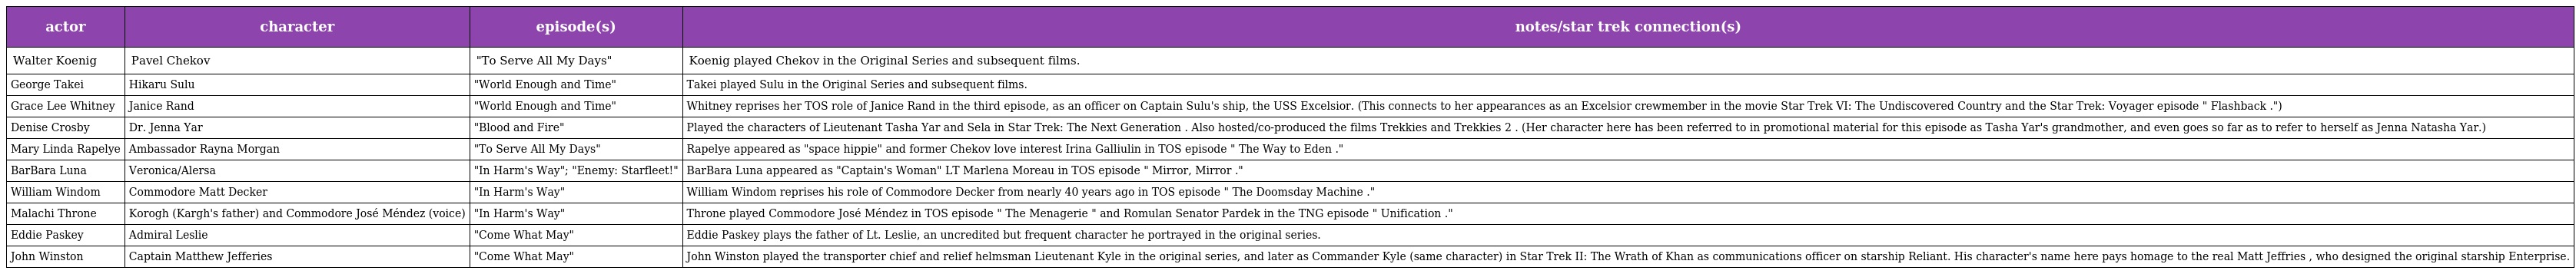
| actor | character | episode(s) | notes/star trek connection(s) |
 | --- | --- | --- | --- |
 | Walter Koenig | Pavel Chekov | "To Serve All My Days" | Koenig played Chekov in the Original Series and subsequent films. |
 | George Takei | Hikaru Sulu | "World Enough and Time" | Takei played Sulu in the Original Series and subsequent films. |
 | Grace Lee Whitney | Janice Rand | "World Enough and Time" | Whitney reprises her TOS role of Janice Rand in the third episode, as an officer on Captain Sulu's ship, the USS Excelsior. (This connects to her appearances as an Excelsior crewmember in the movie Star Trek VI: The Undiscovered Country and the Star Trek: Voyager episode " Flashback .") |
 | Denise Crosby | Dr. Jenna Yar | "Blood and Fire" | Played the characters of Lieutenant Tasha Yar and Sela in Star Trek: The Next Generation . Also hosted/co-produced the films Trekkies and Trekkies 2 . (Her character here has been referred to in promotional material for this episode as Tasha Yar's grandmother, and even goes so far as to refer to herself as Jenna Natasha Yar.) |
 | Mary Linda Rapelye | Ambassador Rayna Morgan | "To Serve All My Days" | Rapelye appeared as "space hippie" and former Chekov love interest Irina Galliulin in TOS episode " The Way to Eden ." |
 | BarBara Luna | Veronica/Alersa | "In Harm's Way"; "Enemy: Starfleet!" | BarBara Luna appeared as "Captain's Woman" LT Marlena Moreau in TOS episode " Mirror, Mirror ." |
 | William Windom | Commodore Matt Decker | "In Harm's Way" | William Windom reprises his role of Commodore Decker from nearly 40 years ago in TOS episode " The Doomsday Machine ." |
 | Malachi Throne | Korogh (Kargh's father) and Commodore José Méndez (voice) | "In Harm's Way" | Throne played Commodore José Méndez in TOS episode " The Menagerie " and Romulan Senator Pardek in the TNG episode " Unification ." |
 | Eddie Paskey | Admiral Leslie | "Come What May" | Eddie Paskey plays the father of Lt. Leslie, an uncredited but frequent character he portrayed in the original series. |
 | John Winston | Captain Matthew Jefferies | "Come What May" | John Winston played the transporter chief and relief helmsman Lieutenant Kyle in the original series, and later as Commander Kyle (same character) in Star Trek II: The Wrath of Khan as communications officer on starship Reliant. His character's name here pays homage to the real Matt Jeffries , who designed the original starship Enterprise. |